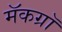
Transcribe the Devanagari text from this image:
मॅकग्रॉ